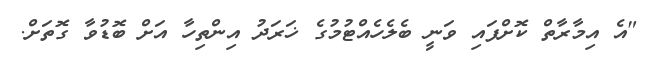
"އެ އިމާރާތް ކޮށްފައި ވަނީ ބެލެހެއްޓުމުގެ ޚަރަދު އިންތިހާ އަށް ބޮޑުވާ ގޮތަށް.